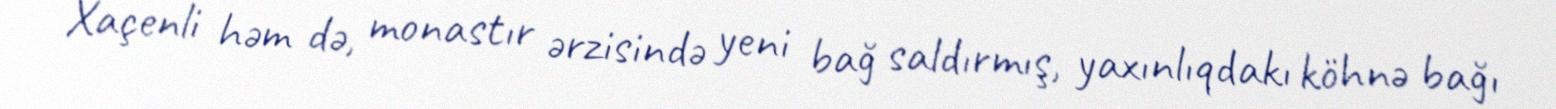
Xaçenli həm də, monastır ərzisində yeni bağ saldırmış, yaxınlıqdakı köhnə bağı